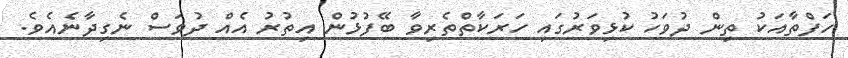
ހަފްތާއަކު ތިން ދުވަހު ކުޅިވަރުގައި ހަރަކާތްތެރިވާ ބޭފުޅުން އިތުރު އެއް ދުވަސް ނެގިދާނެއެވެ.